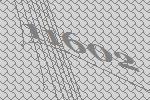
11602